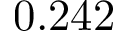
0 . 2 4 2